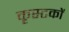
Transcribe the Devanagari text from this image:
कृस्टकों